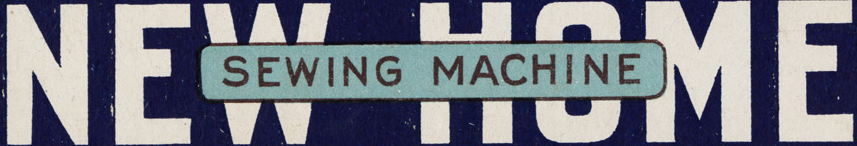
NEW HOME